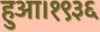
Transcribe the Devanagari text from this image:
हुआ।१९३६